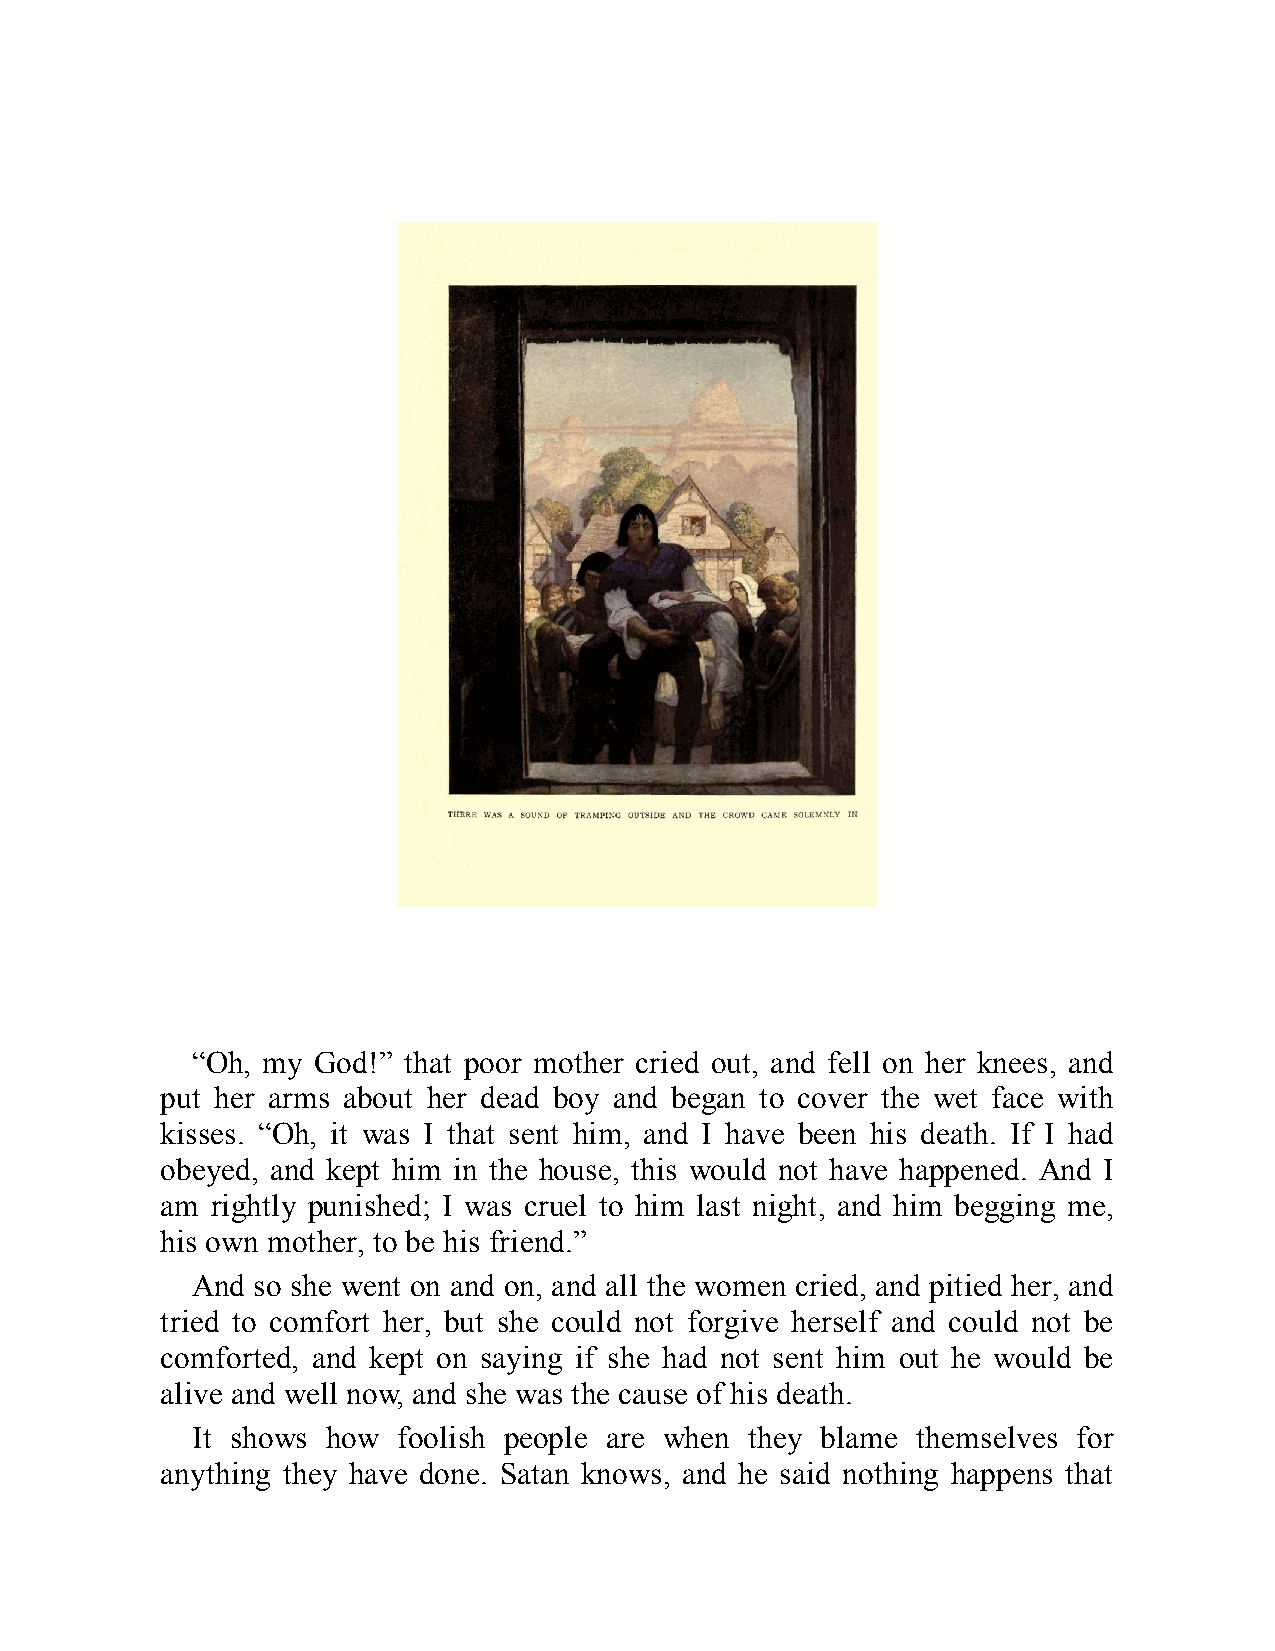
“Oh, my God!” that poor mother cried out, and fell on her knees, and
 put her arms about her dead boy and began to cover the wet face with
 kisses. “Oh, it was I that sent him, and I have been his death. If I had
 obeyed, and kept him in the house, this would not have happened. And I
 am rightly punished; I was cruel to him last night, and him begging me,
 his own mother, to be his friend.”
 And so she went on and on, and all the women cried, and pitied her, and
 tried to comfort her, but she could not forgive herself and could not be
 comforted, and kept on saying if she had not sent him out he would be
 alive and well now, and she was the cause of his death.
 It shows how foolish people are when they blame themselves for
 anything they have done. Satan knows, and he said nothing happens that